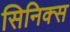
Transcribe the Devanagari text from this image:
सिनिक्स